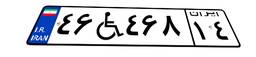
۱۲W۲۰۳۲۱